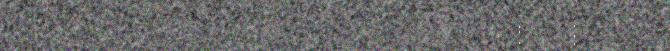
tsagkesh vedtedh matematihkine